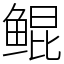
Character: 鲲